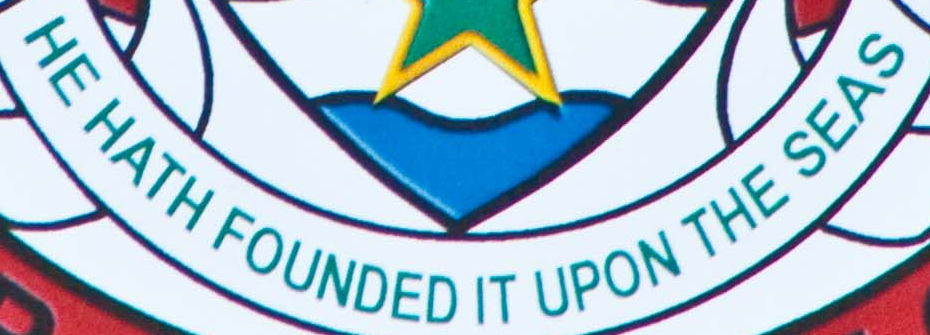
HE HATH FOUNDED IT UPON THE SEAS